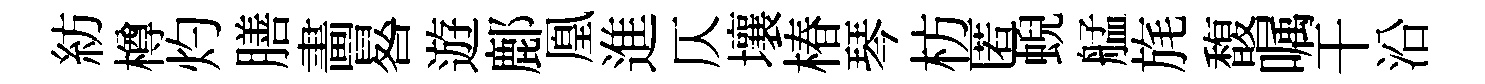
紡樽灼膳畵晷遊鄜凰進仄壤椿琴枋匿蜺艋旄馥嘱干沿